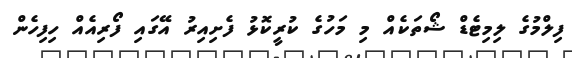
ފިލްމުގެ ލިމިޓެޑް ޝޯތަކެއް މި މަހުގެ ކުރީކޮޅު ފެށިއިރު އޭގައި ފޯރިއެއް ހިފިހެން